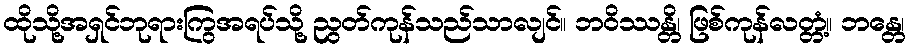
ထိုသို့အရှင်ဘုရားကြွအရပ်သို့ ညွတ်ကုန်သည်သာလျင်။ ဘဝိဿန္တိ၊ ဖြစ်ကုန်လတ္တံ့။ ဘန္တေ၊